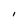
Character: I